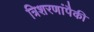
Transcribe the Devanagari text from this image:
त्रिशरणांपैकी